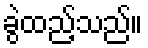
ခွဲထည့်သည်။